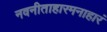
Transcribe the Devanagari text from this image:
नवनीताहारमनाहारं